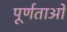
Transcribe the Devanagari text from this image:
पूर्णताओं